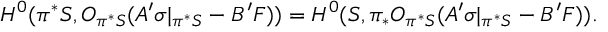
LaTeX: H ^ { 0 } ( \pi ^ { * } { \cal S } , { \cal O } _ { \pi ^ { * } { \cal S } } ( A ^ { \prime } \sigma | _ { \pi ^ { * } { \cal S } } - B ^ { \prime } F ) ) = H ^ { 0 } ( { \cal S } , \pi _ { * } { \cal O } _ { \pi ^ { * } { \cal S } } ( A ^ { \prime } \sigma | _ { \pi ^ { * } { \cal S } } - B ^ { \prime } F ) ) .